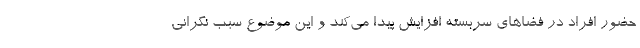
حضور افراد در فضاهای سربسته افزایش پیدا می‌کند و این موضوع سبب نگرانی